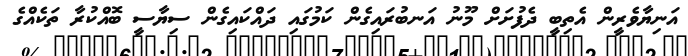
އަނިޔާވެރީން އެތިބީ ދެފުށަށް މޫނު އަނބުރައިގެން ކަމުގައި ދައްކައިގެން ސިޔާސީ ބޮއްކުރާ ތަކެއްގެ